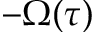
- \Omega ( \tau )